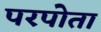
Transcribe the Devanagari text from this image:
परपोता